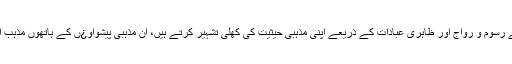
یہ بدعنوان نودولتیے رسوم و رواج اور ظاہری عبادات کے ذریعے اپنی مذہبی حیثیت کی کھلی تشہیر کرتے ہیں، ان مذہبی پیشواو¿ں کے ہاتھوں مذہب اپنا اثر کھوچکا ہے۔